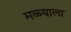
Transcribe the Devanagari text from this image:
मळ्याला